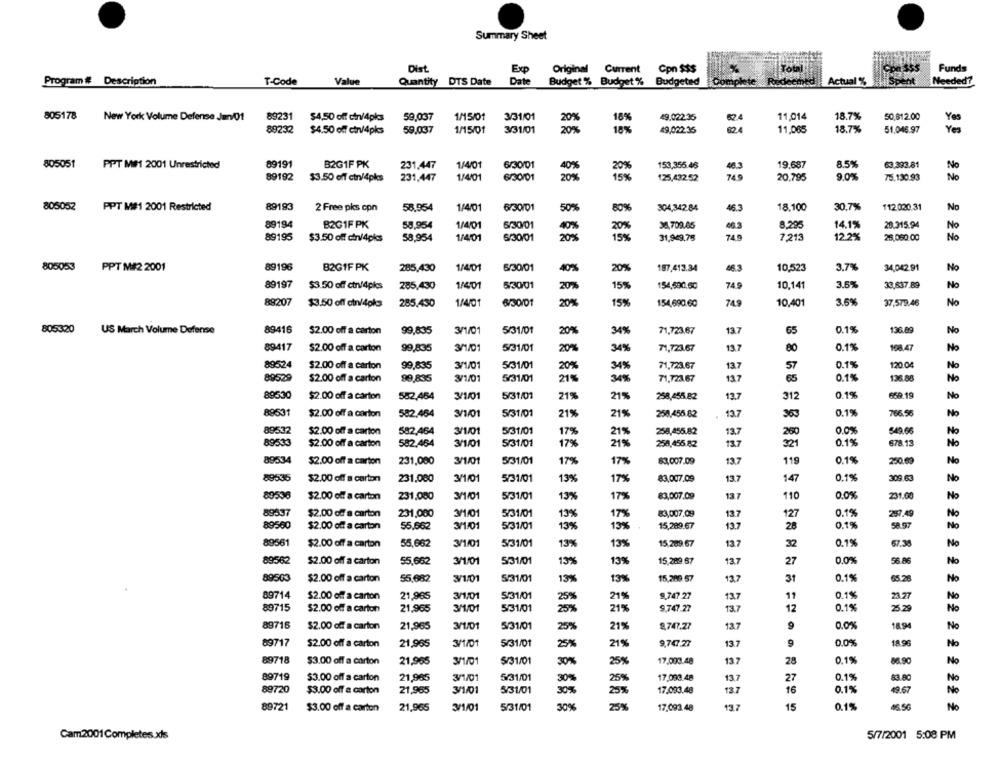
Summary Sheet
Dist
Exp
Original Current Cpn $$$
Total
Funds
Program # Description
T-Code
Value
Quantity DTS Date
Date
Budget % Budget % Budgeted
Actual %
Needed?
805178
18.7%
New York Volume Defense Jan 01
89231
$4,50 off cin/4pkcs
59,037
1/15/01
3/31/01
16%
49.022.35
11,014
50,812.00
Yes
89232
59,037
1/15/01
3/31/01
18%
49,022.35
11.065
18.7%
51.046.97
Ym
$4.50 off ctn/4pks
805051
PPT MIS1 2001 Unrestricted
89191
B2G1F PK
231,447
1/4/01
6/30/01
153,355.46
19.687
8.5%
63,393.81
No
89192
6/30/01
20%
No
$3.50 off ctn/4pkcs
231,447
1/4/01
125,432.52
20.795
9.0%
75.130.93
805052
PPT M#1 2001 Restricted
89193
2 Free pks con
58,954
1/4/01
6/30/01
50%
304,34284
18.100
30,7%
112 020.31
No
80%
46.3
89194
B2G1F PK
58,954
1/4/01
5/30/01
40%
20%
30,709.65
46.3
8,295
14.1%
29.315.94
No
89195
1/4/01
6/30/01
20%
15%
31,949.75
749
7,213
12.2%
25,060.00
No
$3.50 off cin/4pks
58,954
805053
PPT M#2 2001
89196
B2G1F PK
285,430
1/4/01
6/30/01
40%
20%
187.413.34
48 3
10.523
3.7%
34,042.91
No
89197
$3.50 off ctn/4pks
285,430
1/4/01
5/30/01
20%
15%
154,690,50
74.9
10,141
3.5%
33,637.89
No
89207
$3.50 off ctn/4pkcs
285,430
1/4/01
6/30/01
20%
15%
154,690.60
749
10,401
3.6%
37,579.46
No
89416
13.7
0.1%
136.89
805320
US March Volume Defense
$2.00 off a carton
99,835
3/1/01
5/31/01
20%
34%
71,723.67
65
Na
89417
$2.00 off a carton
99,835
3/1/01
5/31/01
20%
34%
71,723.67
13.7
80
0.1%
168.47
No
89524
$2.00 off a carton
99,835
3/1/01
5/31/01
20%
34%
71,723.67
13.7
57
0.1%
120.04
No
89529
$2.00 off a carton
99,835
3/1/01
5/31/01
21%
34%
71,723.67
13.7
65
0.1%
136.88
No
89530
$2.00 off a carton
552,464
3/1/01
5/31/01
21%
21%
258,455.82
13.7
312
0.1%
658.19
No
89531
$2.00 off a corton
582.464
5/31/01
13.7
0.1%
766.56
No
3/1/01
21%
21%
250,456.82
89532
$2.00 off a carton
582,464
3/1/01
5/31/01
17%
21%
258,455.82
13.7
260
0.0%
549.66
No
89533
$2.00 off a carton
582.464
3/1/01
5/31/01
21%
258,455.82
13.7
321
0.1%
678.13
No
17%
89534
137
$2.00 off a carton
231,080
3/1/01
5/31/01
17%
17%
83,007.09
119
0.1%
250.69
No
89535
$2.00 off a carton
231.080
3/1/01
5/31/01
13%
17%
83,007.09
13.7
147
0.1%
309.63
No
89536
$2.00 off a carton
231.080
3/1/01
5/31/01
13%
17%
83,007.09
137
110
0.0%
231.00
No
137
297.49
89537
$2.00 off a carton
231,000
3/1/01
5/31/01
13%
17%
83,007.09
127
0.1%
No
89560
$2.00 off a carton
55,662
3/1/01
5/31/01
13%
19%
15,289.67
137
28
0.1%
5897
No
89561
13.7
0.1%
$2.00 off a carton
55,662
3/1/01
5/31/01
13%
13%
15,289.67
32
67.38
No
89562
$2.00 off a carton
55,662
3/1/01
S/31/01
13%
13%
15,289.67
13.7
27
0.0%
96.86
No
89503
$2.00 off a carton
55,682
3/1/01
S/31/01
13%
13%
15,289 57
13.7
31
0.1%
65 28
No
89714
$2.00 off a carton
21,965
3/1/01
5/31/01
9,747 27
13.7
11
0.1%
23.27
No
25%
21%
89715
$2.00 off a carton
21,965
5/31/01
25%
21%
9,747.27
13.7
12
0.1%
25.29
No
89715
$2.00 off a carton
21,965
3/1/01
5/31/01
9,747.27
13.7
9
0.0%
18.94
No
25%
21%
89717
18 .95
$2.00 off a carton
21,965
3/1/01
5/31/01
25%
21%
9,747.27
13.7
9
0.0%
No
89718
$3.00 off a carton
21,965
3/1/01
5/31/01
30%
25%
17.000.48
13.7
28
0.1%
86.90
No
89719
$3.00 off a carton
21,965
3/1/01
5/31/01
30%
25%
17,083.48
13.7
27
0.1%
83.80
No
89720
$3.00 off a carton
21,965
3/1/01
S/31/01
30%
25%
17.093.48
13.7
16
0.1%
49.67
No
89721
$3.00 off a carton
21,965
3/1/01
5/31/01
30%
25%
17.093.48
13.7
15
0.1%
46.5G
No
Cam2001Completes.xls
5/7/2001 5:08 PM